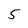
Character: 5